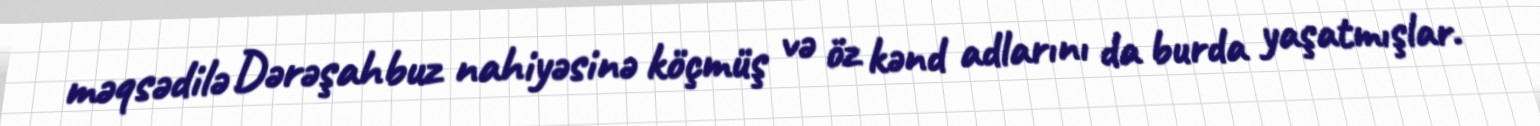
məqsədilə Dərəşahbuz nahiyəsinə köçmüş və öz kənd adlarını da burda yaşatmışlar.